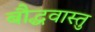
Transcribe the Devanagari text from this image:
बौद्धवास्तु